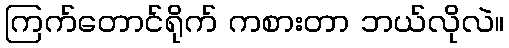
ကြက်တောင်ရိုက် ကစားတာ ဘယ်လိုလဲ။